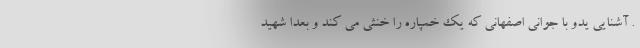
. آشنایی یدو با جوانی اصفهانی که یک خمپاره را خنثی می کند و بعدا شهید